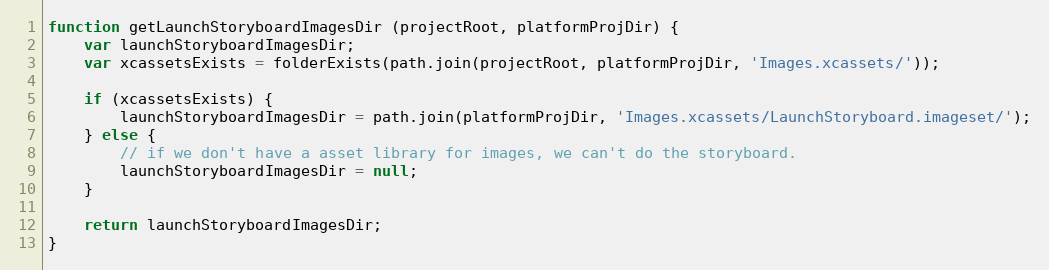
Language: JavaScript
function getLaunchStoryboardImagesDir (projectRoot, platformProjDir) {
    var launchStoryboardImagesDir;
    var xcassetsExists = folderExists(path.join(projectRoot, platformProjDir, 'Images.xcassets/'));

    if (xcassetsExists) {
        launchStoryboardImagesDir = path.join(platformProjDir, 'Images.xcassets/LaunchStoryboard.imageset/');
    } else {
        // if we don't have a asset library for images, we can't do the storyboard.
        launchStoryboardImagesDir = null;
    }

    return launchStoryboardImagesDir;
}